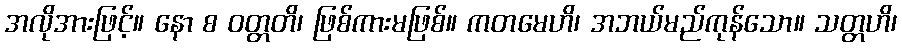
အလိုအားဖြင့်။ နော စ ဝတ္တတိ၊ ဖြစ်ကားမဖြစ်။ ကတမေဟိ၊ အဘယ်မည်ကုန်သော။ သတ္တဟိ၊